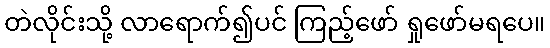
တဲလိုင်းသို့ လာရောက်၍ပင် ကြည့်ဖော် ရှုဖော်မရပေ။